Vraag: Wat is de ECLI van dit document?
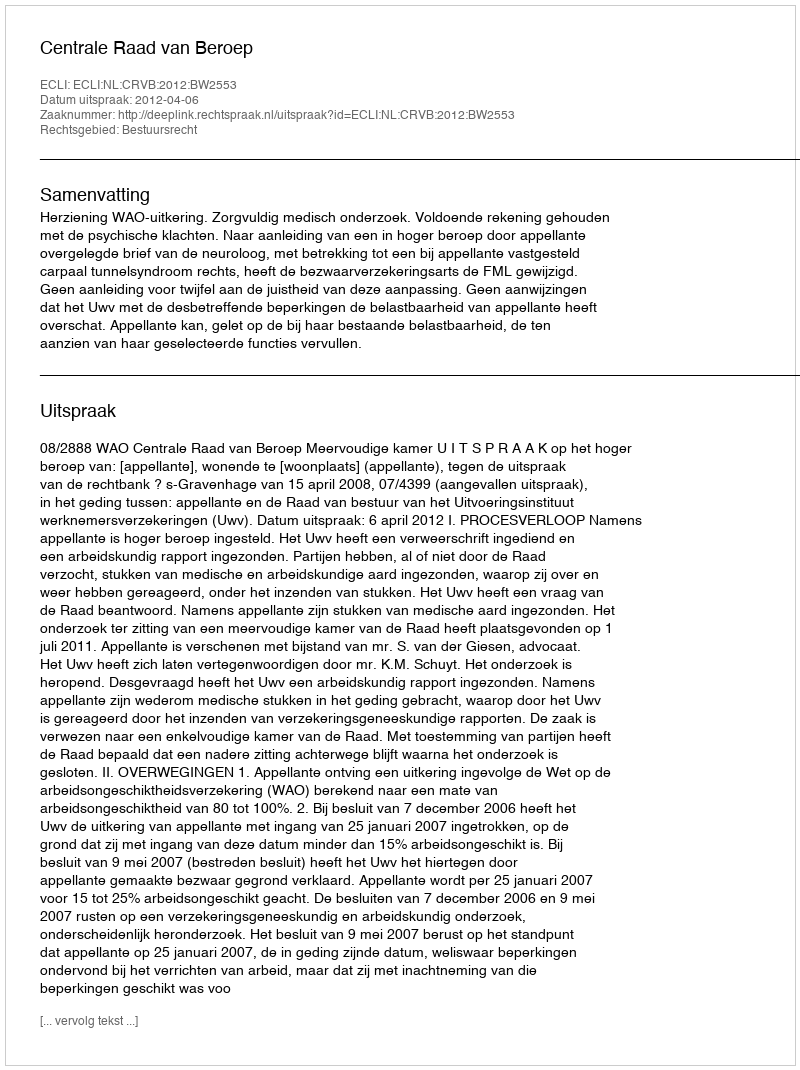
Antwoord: ECLI:NL:CRVB:2012:BW2553